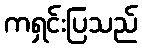
ကရှင်းပြသည်